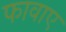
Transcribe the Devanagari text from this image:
फावाए